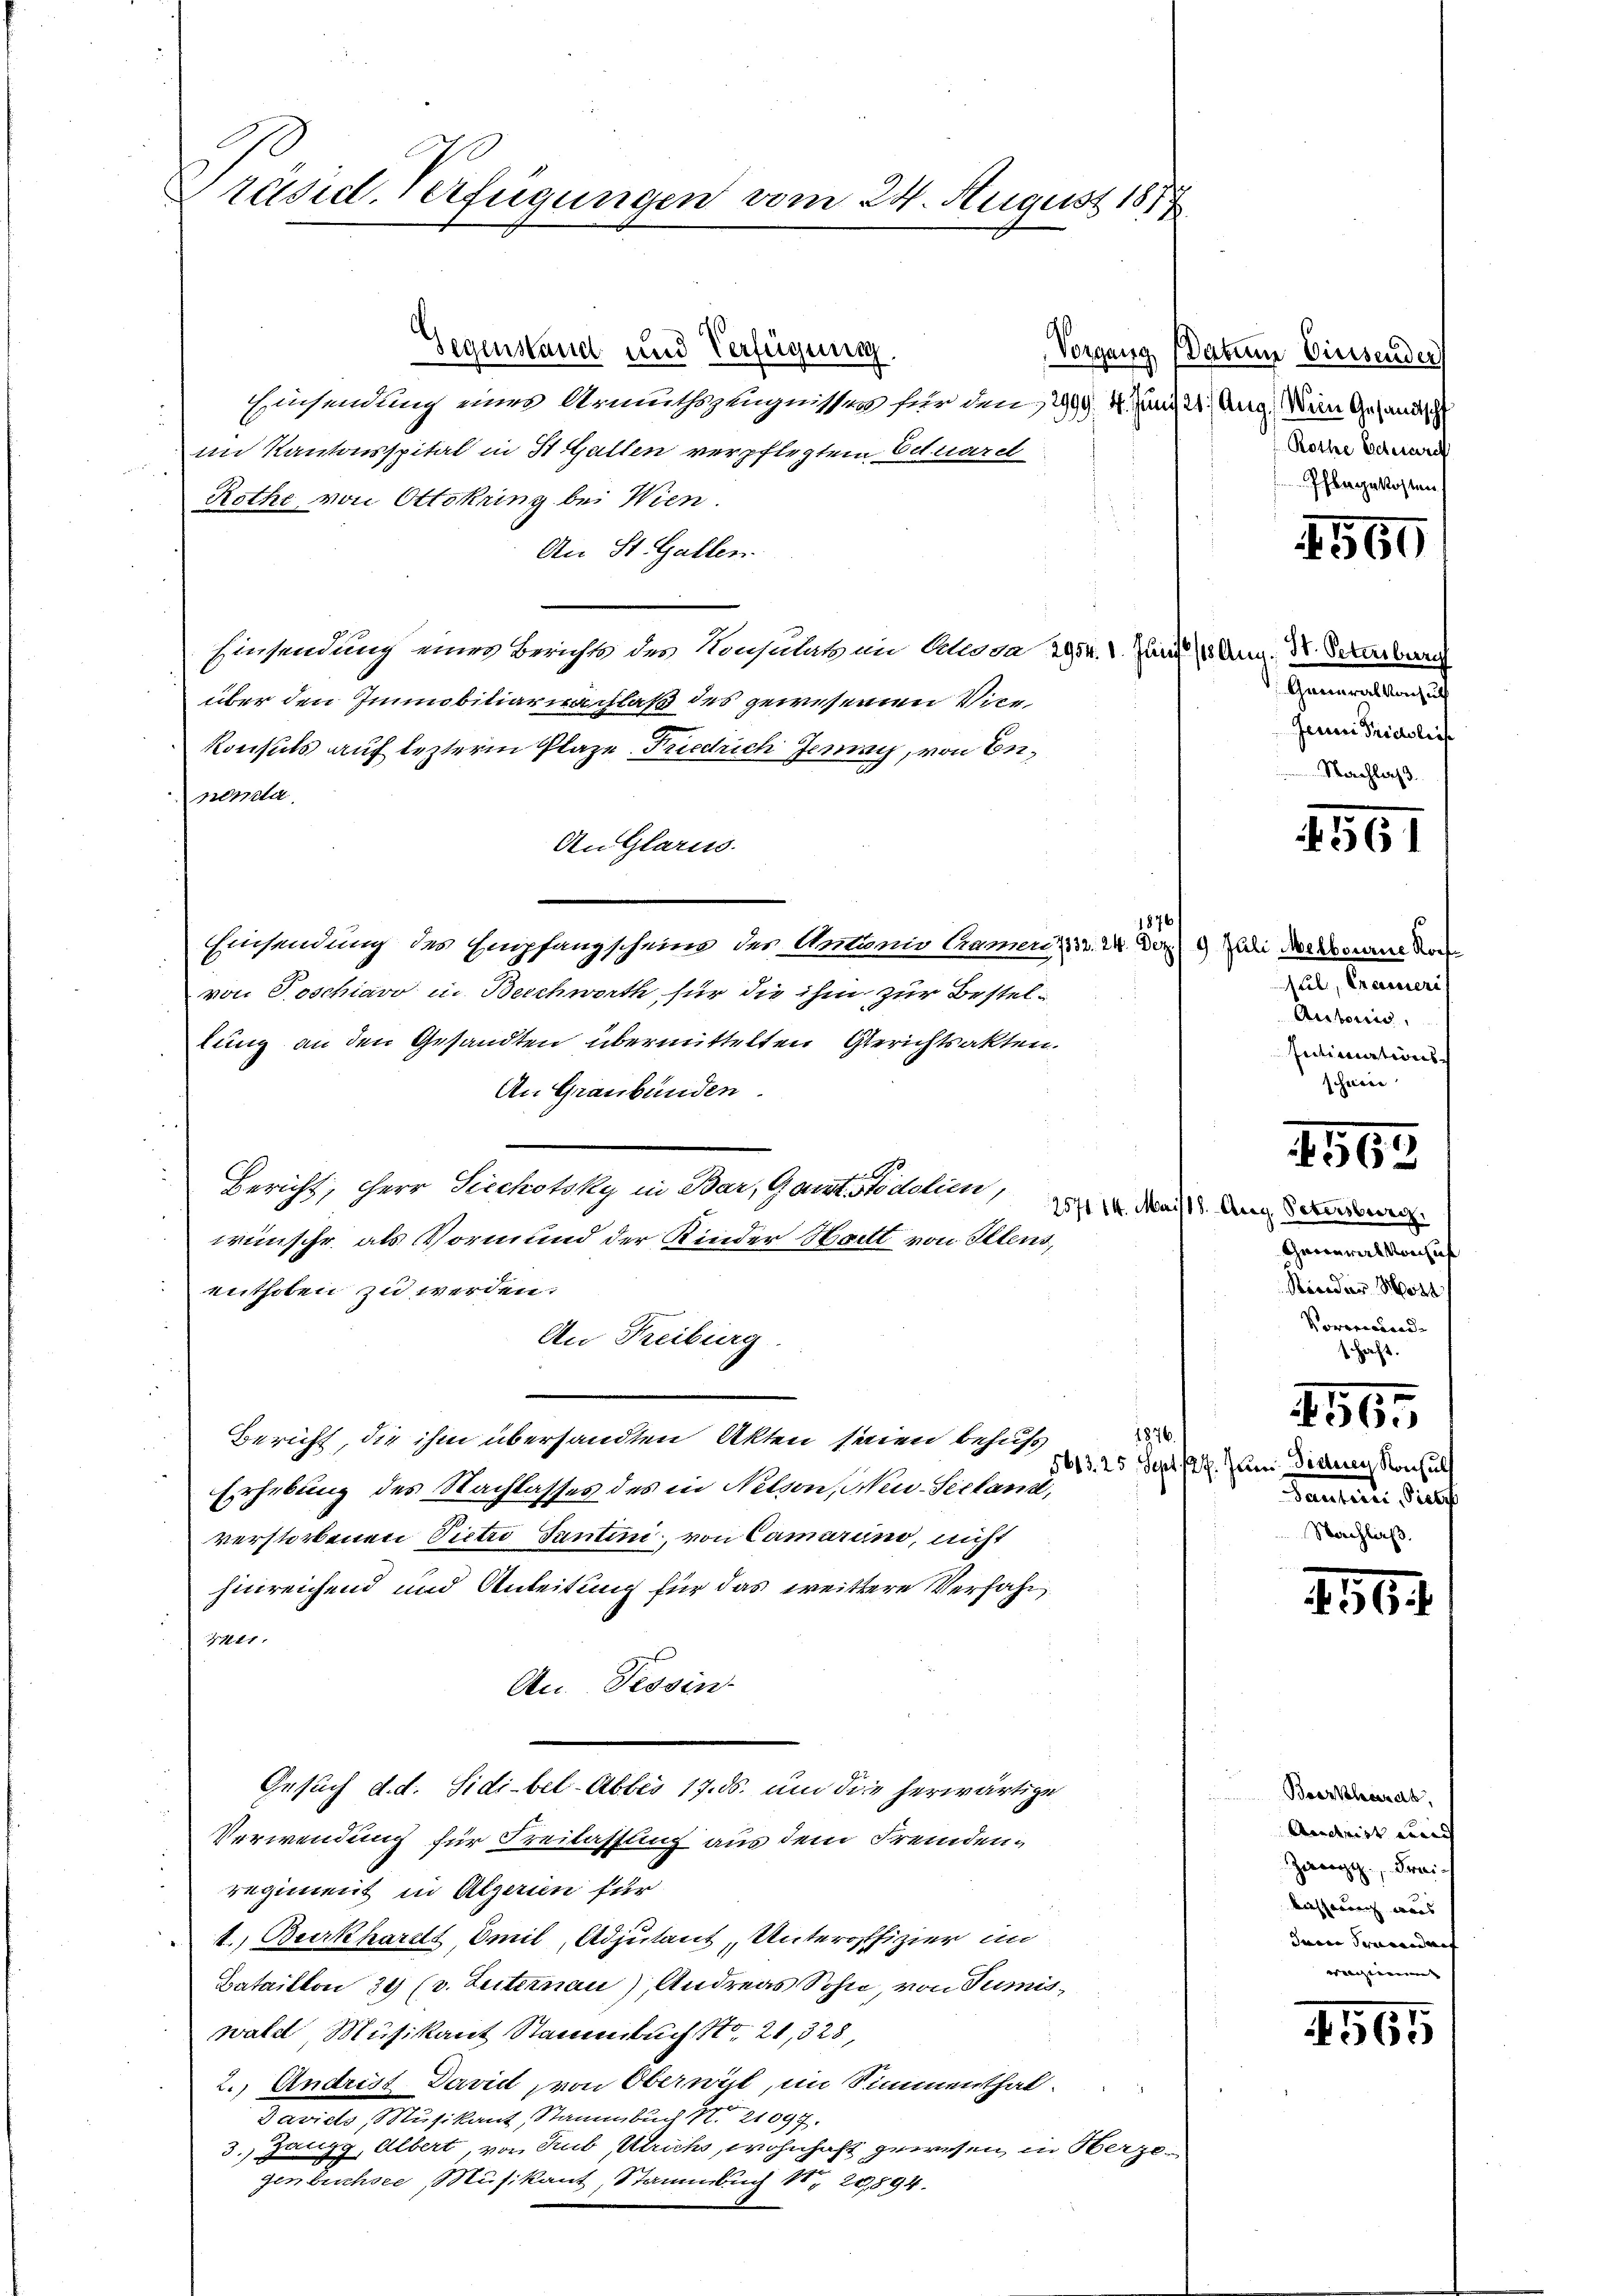
Präsid. Verfügungen vom 24. August 1817.

Gegenstand und Verfügung.
Einsendung eines Armuthszeugnissen für den, 299. 4. Juni 21. Aug. Wien Gesandtsch
im Kantonsspital in St. Gallen verpflegtem Situarel
Rothe von Ottokring bei Wien.
An St. Gallen.
Einsendung eines Berichts des Konsulaten Alloda 2954. 1. Juni 191 Aug. d. Sterburg
über den Immobiliarnachlaß des gewesenden Vice
Konsuls auf lezterm Plaze Friedrich Jenny, von Enpenda
An Glarus.
Einsendung des Empfangscheine der Antanis kamen), 13. 24. Der 9 Juli Merkomine Vor
von Poschiavo in Beschworth für die ihm zur Besteltung an den Gesandten übermittelten Gerichtsakten.
An Graubünden.
Bericht, Herr Seeckotsky in Bar, Ganzt Podolien,
wünsche, als Vormund der Kinder Hatt von Illens,
enthoben zu werden.
An Freiburg.
1876. J
Bericht, die ihm übersandten Akten seien behufs
Erhebung des Nachlasses des in Nelson, Neu-Seeland,
verstorbenen Pietro Tantini, von Camerino, nicht
hinreichend und Anleitung für das weittere Verfahr
411.
An. Tessin
Gesuch d. d. Sidi-bel-Abbes 17. ds. um die herwärtige
Verwendung für Freilassung aus dem Fremdenregiment in Algerien für
1. Burkhardt, Emil, Adjutant, Unteroffizier in
Bataillon 39 (v. Luternau), Andreas Sohn, von Sumiswald Musikant Stammbuch No. 21, 328,
2.) Andrist David von Oberwyl, im Simmenthal
daviele, Musikant, Stammlung Nr. 21097.
3. Zangg, Albert, von Sub Ulrichs, wohnhaft gewesen, in Herzen
gen Buchsee, Musikant, Stammlung 1 20,894.

1876/

Vorgang Datum Diesender
Rothe Edecret
Phlegekosten

1550

Generalkonsuch
Jenini Prieslief
Nachlaß

1561

sul, Crameri
Autorii
Entimations-
scheine

165

257114. Mais 18. Aug. Petersberg.
Garraralkonsul
Paradier Hott
Vororecurad-
schaft.

5613. 25 Sept. 127. Juni disterer Konsul
Danten. Self
Nachlaß.

4565

156

Borkhardt,
Ainweist mich
Zwang, Freibiesserung was |
Inern Generandauf
wegen

4565